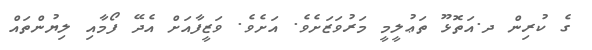
ގެ ކުރިން ދ.އަތޮޅޫ ތަޢުލީމީ މަރުވަޒަށެވެ. އަށެވެ. ވަޒީފާއަށް އެދޭ ފޯމާއި ލިޔުންތައް